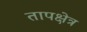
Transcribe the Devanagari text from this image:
तापक्षेत्र